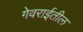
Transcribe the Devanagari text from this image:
गेवराईतील